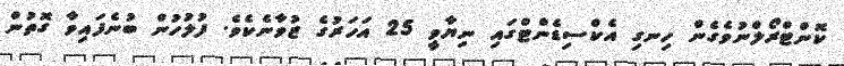
ކޮންޓްރޯލްނުވެގެން ހިނގި އެކްސިޑެންޓްގައި ނިޔާވީ 25 އަހަރުގެ ޒުވާނެކެވެ. ފުލުހުން ބުނެފައިވާ ގޮތުން